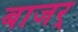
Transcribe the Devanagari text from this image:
बाजर्